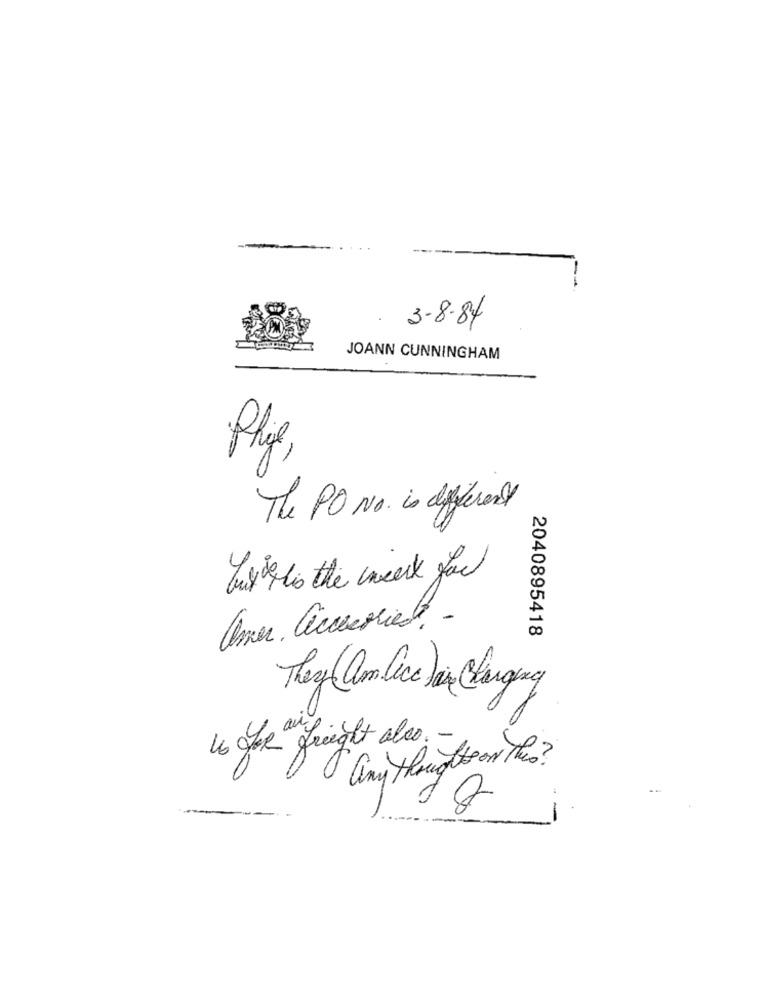
3.8.84
JOANN CUNNINGHAM
Phy,
The PO No. is diferent
husk For his the insert for
Omer, accesories.
2040895418
They am lice for Charging
Les FOR freight also. -
any thoughts on the?